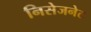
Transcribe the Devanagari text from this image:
निसेजनेट